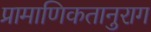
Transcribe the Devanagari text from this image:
प्रामाणिकतानुराग